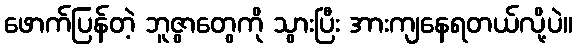
ဖောက်ပြန်တဲ့ ဘူဇွာတွေကို သွားပြီး အားကျနေရတယ်လို့ပဲ။